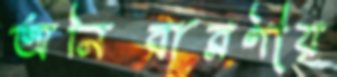
অনিবারণীয়